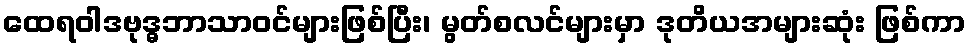
ထေရဝါဒဗုဒ္ဓဘာသာဝင်များဖြစ်ပြီး၊ မွတ်စလင်များမှာ ဒုတိယအများဆုံး ဖြစ်ကာ